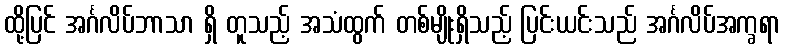
ထို့ပြင် အင်္ဂလိပ်ဘာသာ ရှိ တူသည့် အသံထွက် တစ်မျိုးရှိသည့် ပြင်းယင်းသည် အင်္ဂလိပ်အက္ခရာ